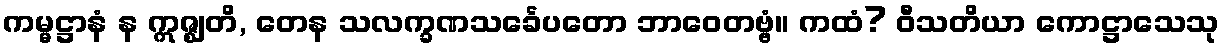
ကမ္မဋ္ဌာနံ န ဣဇ္ဈတိ, တေန သလက္ခဏသင်္ခေပတော ဘာဝေတဗ္ဗံ။ ကထံ? ဝီသတိယာ ကောဋ္ဌာသေသု